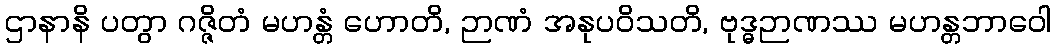
ဌာနာနိ ပတွာ ဂဇ္ဇိတံ မဟန္တံ ဟောတိ, ဉာဏံ အနုပဝိသတိ, ဗုဒ္ဓဉာဏဿ မဟန္တဘာဝေါ